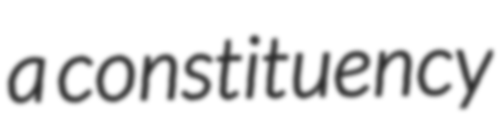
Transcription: a constituency